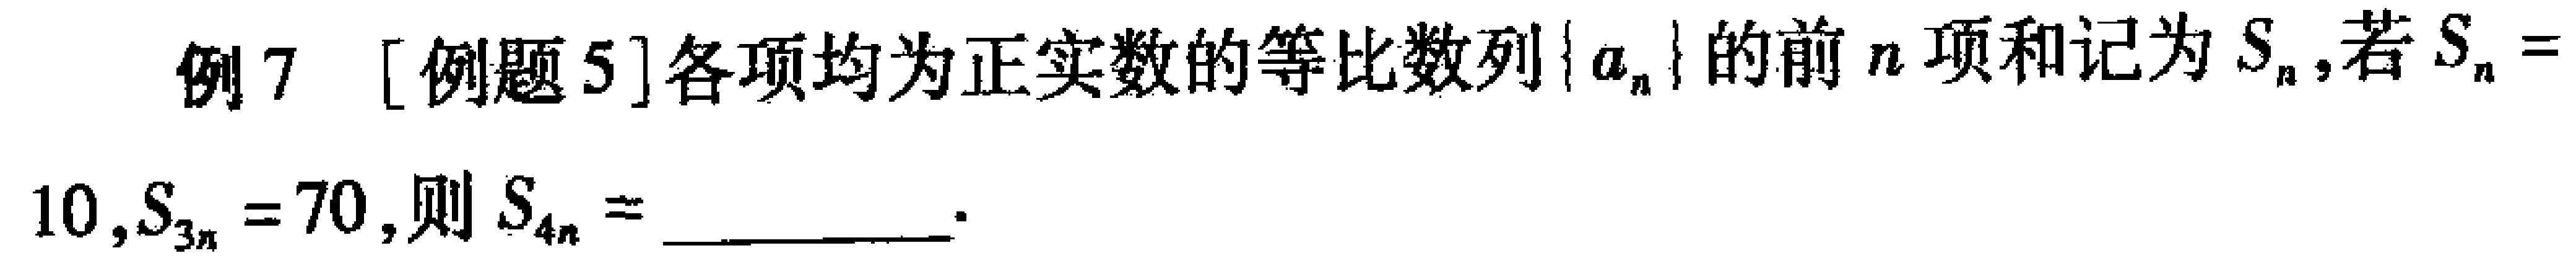
例7 [例题5]各项均为正实数的等比数列\(\{a_{n}\}\)的前\(n\)项和记为\(S_{n}\),若\(S_{n} = 10,S_{3n}=70\),则\(S_{4n}=\) __________ .